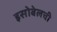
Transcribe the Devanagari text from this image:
इसोबेलची